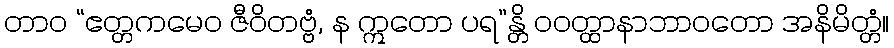
တာဝ “ဧတ္တကမေဝ ဇီဝိတဗ္ဗံ, န ဣတော ပရ”န္တိ ဝဝတ္ထာနာဘာဝတော အနိမိတ္တံ။